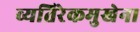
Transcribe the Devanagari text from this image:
व्यतिरेकमुखेन।